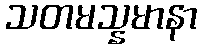
သတမသ္နမာနာ